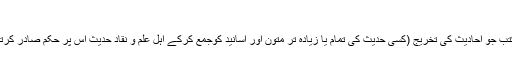
کتب تخریج الحدیث
حدیث نبوی کی ایسی کتب جو احادیث کی تخریج (کسی حدیث کی تمام یا زیادہ تر متون اور اسانید کوجمع کرکے اہل علم و نقاد حدیث اس پر حکم صادر کرتے ہیں) پر مشتمل ہوں۔